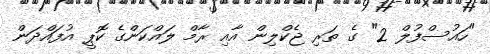
"ހައުސްފުލް 2" ގެ ތަރި ޖެކްލިން އާއި ރާމް ލައްކަންގެ ކޮޕީ އުފައްދަން